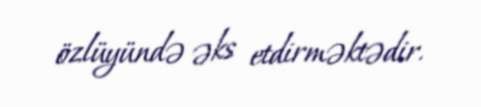
özlüyündə əks etdirməktədir.